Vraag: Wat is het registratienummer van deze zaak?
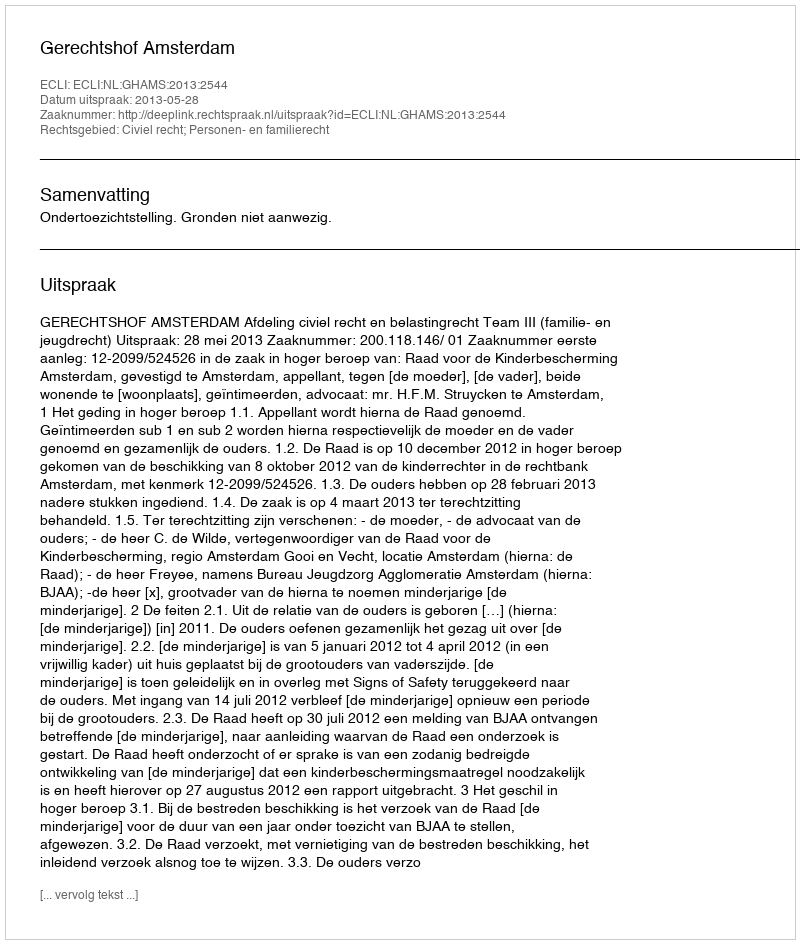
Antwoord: http://deeplink.rechtspraak.nl/uitspraak?id=ECLI:NL:GHAMS:2013:2544